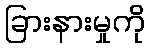
ခြားနားမှုကို